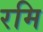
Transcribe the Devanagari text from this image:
रमि